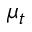
\mu _ { t }